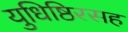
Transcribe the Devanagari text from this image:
युधिष्ठिरसह